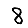
Digit: 8